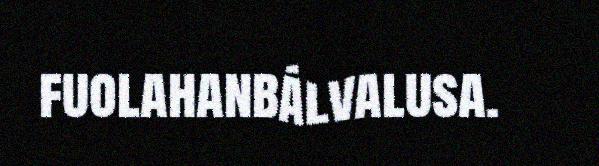
fuolahanbálvalusa.